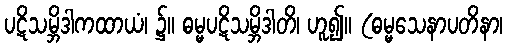
ပဋိသမ္ဘိဒါကထာယံ၊ ၌။ ဓမ္မပဋိသမ္ဘိဒါတိ၊ ဟူ၍။ (ဓမ္မသေနာပတိနာ၊